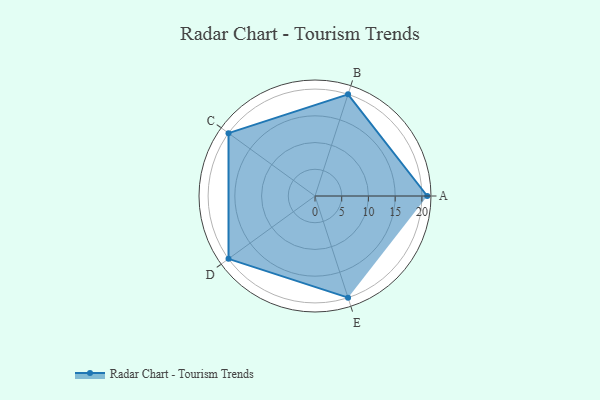
{"axis": {"x": "Skill", "y": "Score"}, "legend": ["Profile"], "data": [{"x": "A", "y": 21.0, "type": "Profile"}, {"x": "B", "y": 20, "type": "Profile"}, {"x": "C", "y": 20, "type": "Profile"}, {"x": "D", "y": 20, "type": "Profile"}, {"x": "E", "y": 20, "type": "Profile"}]}